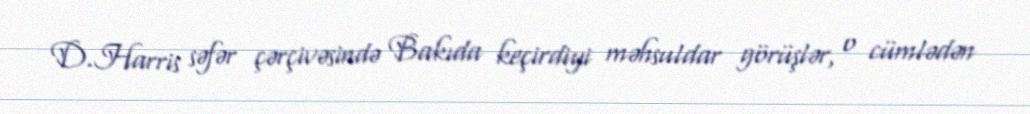
D.Harris səfər çərçivəsində Bakıda keçirdiyi məhsuldar görüşlər, o cümlədən